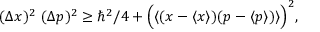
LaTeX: ( \Delta x ) ^ { 2 } ~ ( \Delta p ) ^ { 2 } \geq \hbar ^ { 2 } / 4 + \Bigl ( \langle ( x - \langle x \rangle ) ( p - \langle p \rangle ) \rangle \Bigr ) ^ { 2 } ,